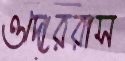
ওদোররাস